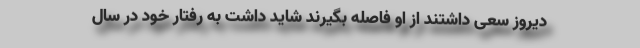
دیروز سعی داشتند از او فاصله بگیرند شاید داشت به رفتار خود در سال